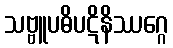
သဗ္ဗူပဓိပဋိနိဿဂ္ဂေ